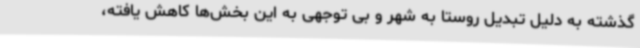
گذشته به دلیل تبدیل روستا به شهر و بی توجهی به این بخش‌ها کاهش یافته،